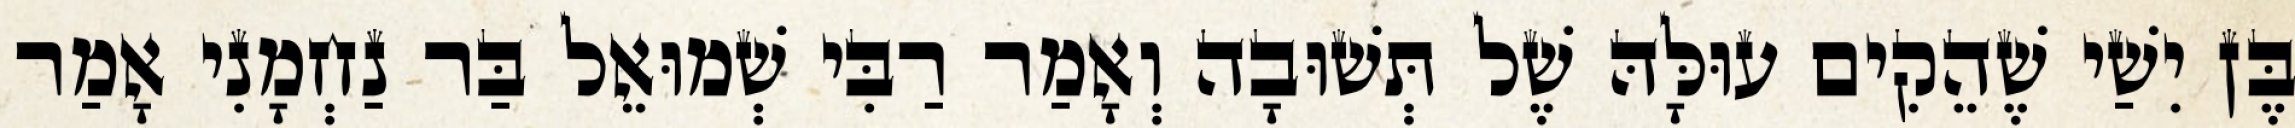
בֶּן יִשַׁי שֶׁהֵקִים עוּלָּהּ שֶׁל תְּשׁוּבָה וְאָמַר רַבִּי שְׁמוּאֵל בַּר נַחְמָנִי אָמַר